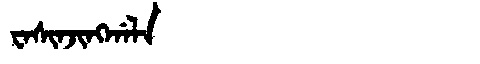
Manchu: ᠸᠠᠰᡳᠨᠵᡳᠩᡤᠠᠯᠠ
Romanization: WASINJINGGALA